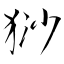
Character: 猀